Annual report on the working of the lock hospitals in the North-Western Provinces and Oudh
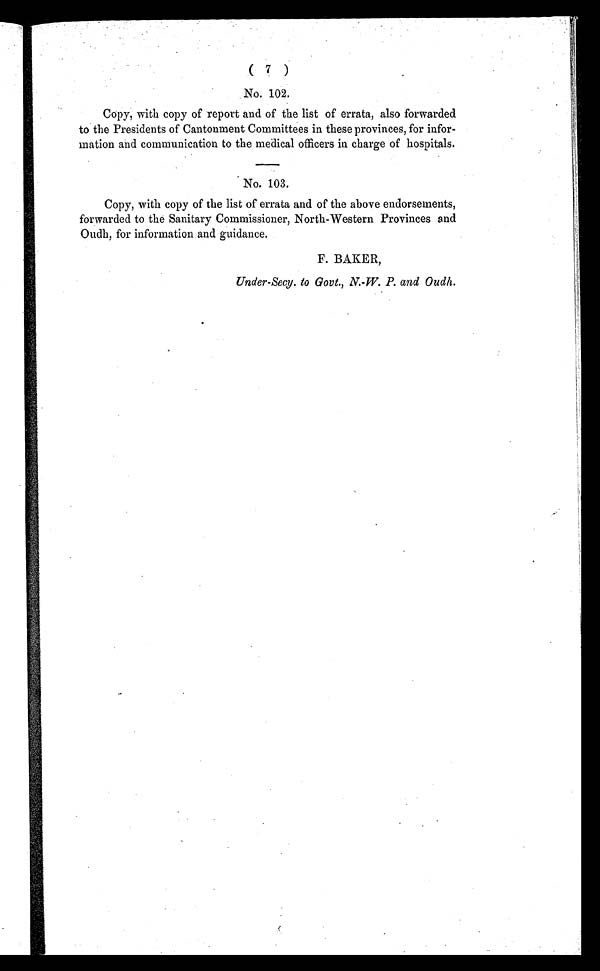
( 7 )
No. 102.
Copy, with copy of report and of the list of errata, also forwarded
to the Presidents of Cantonment Committees in these provinces, for infor-
mation and communication to the medical officers in charge of hospitals.
No. 103.
Copy, with copy of the list of errata and of the above endorsements,
forwarded to the Sanitary Commissioner, North-Western Provinces and
Oudh, for information and guidance.
F. BAKER,
Under-Secy. to Govt., N.-W. P. and Oudh.